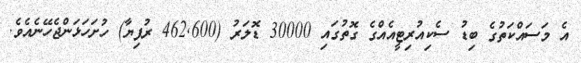
އެ މަސައްކަތުގެ ބިޑު ސެކިއުރިޓީއެއްގެ ގޮތުގައި 30000 ޑޮލަރު (462